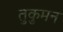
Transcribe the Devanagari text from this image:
तुकुमन